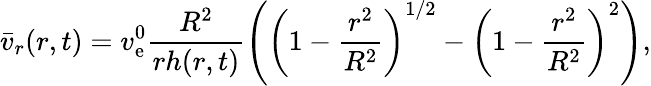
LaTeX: \bar{v}_{r}(r,t)=v_{\mathrm{e}}^{0}\frac{R^{2}}{rh(r,t)}\left(\left(1-\frac{r^{2}}{R^{2}}\right)^{1/2}-\left(1-\frac{r^{2}}{R^{2}}\right)^{2}\right),